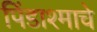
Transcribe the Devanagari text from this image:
पिंडाश्माचे